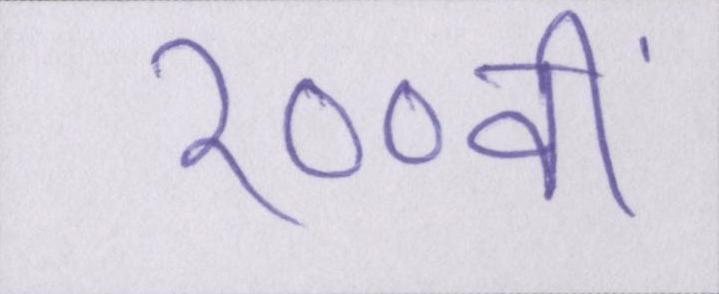
१००वीं